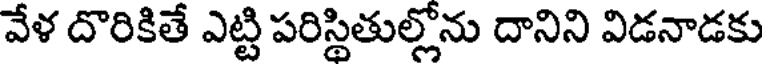
వేళ దొరికితే ఎట్టి పరిస్థితుల్లోను దానిని విడనాడకు